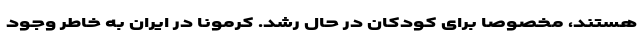
هستند، مخصوصاً برای کودکان در حال رشد. کرمونا در ایران به خاطر وجود